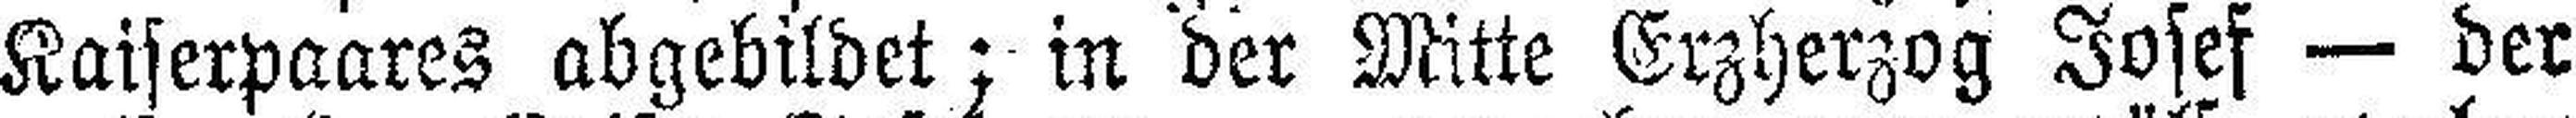
Kaiserpaares abgebildet; in der Mitte Erzherzog Josef — der